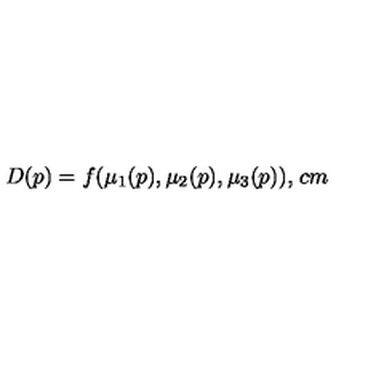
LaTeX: D ( p ) = f ( \mu _ { 1 } ( p ) , \mu _ { 2 } ( p ) , \mu _ { 3 } ( p ) ) , \hspace { 1 c m }